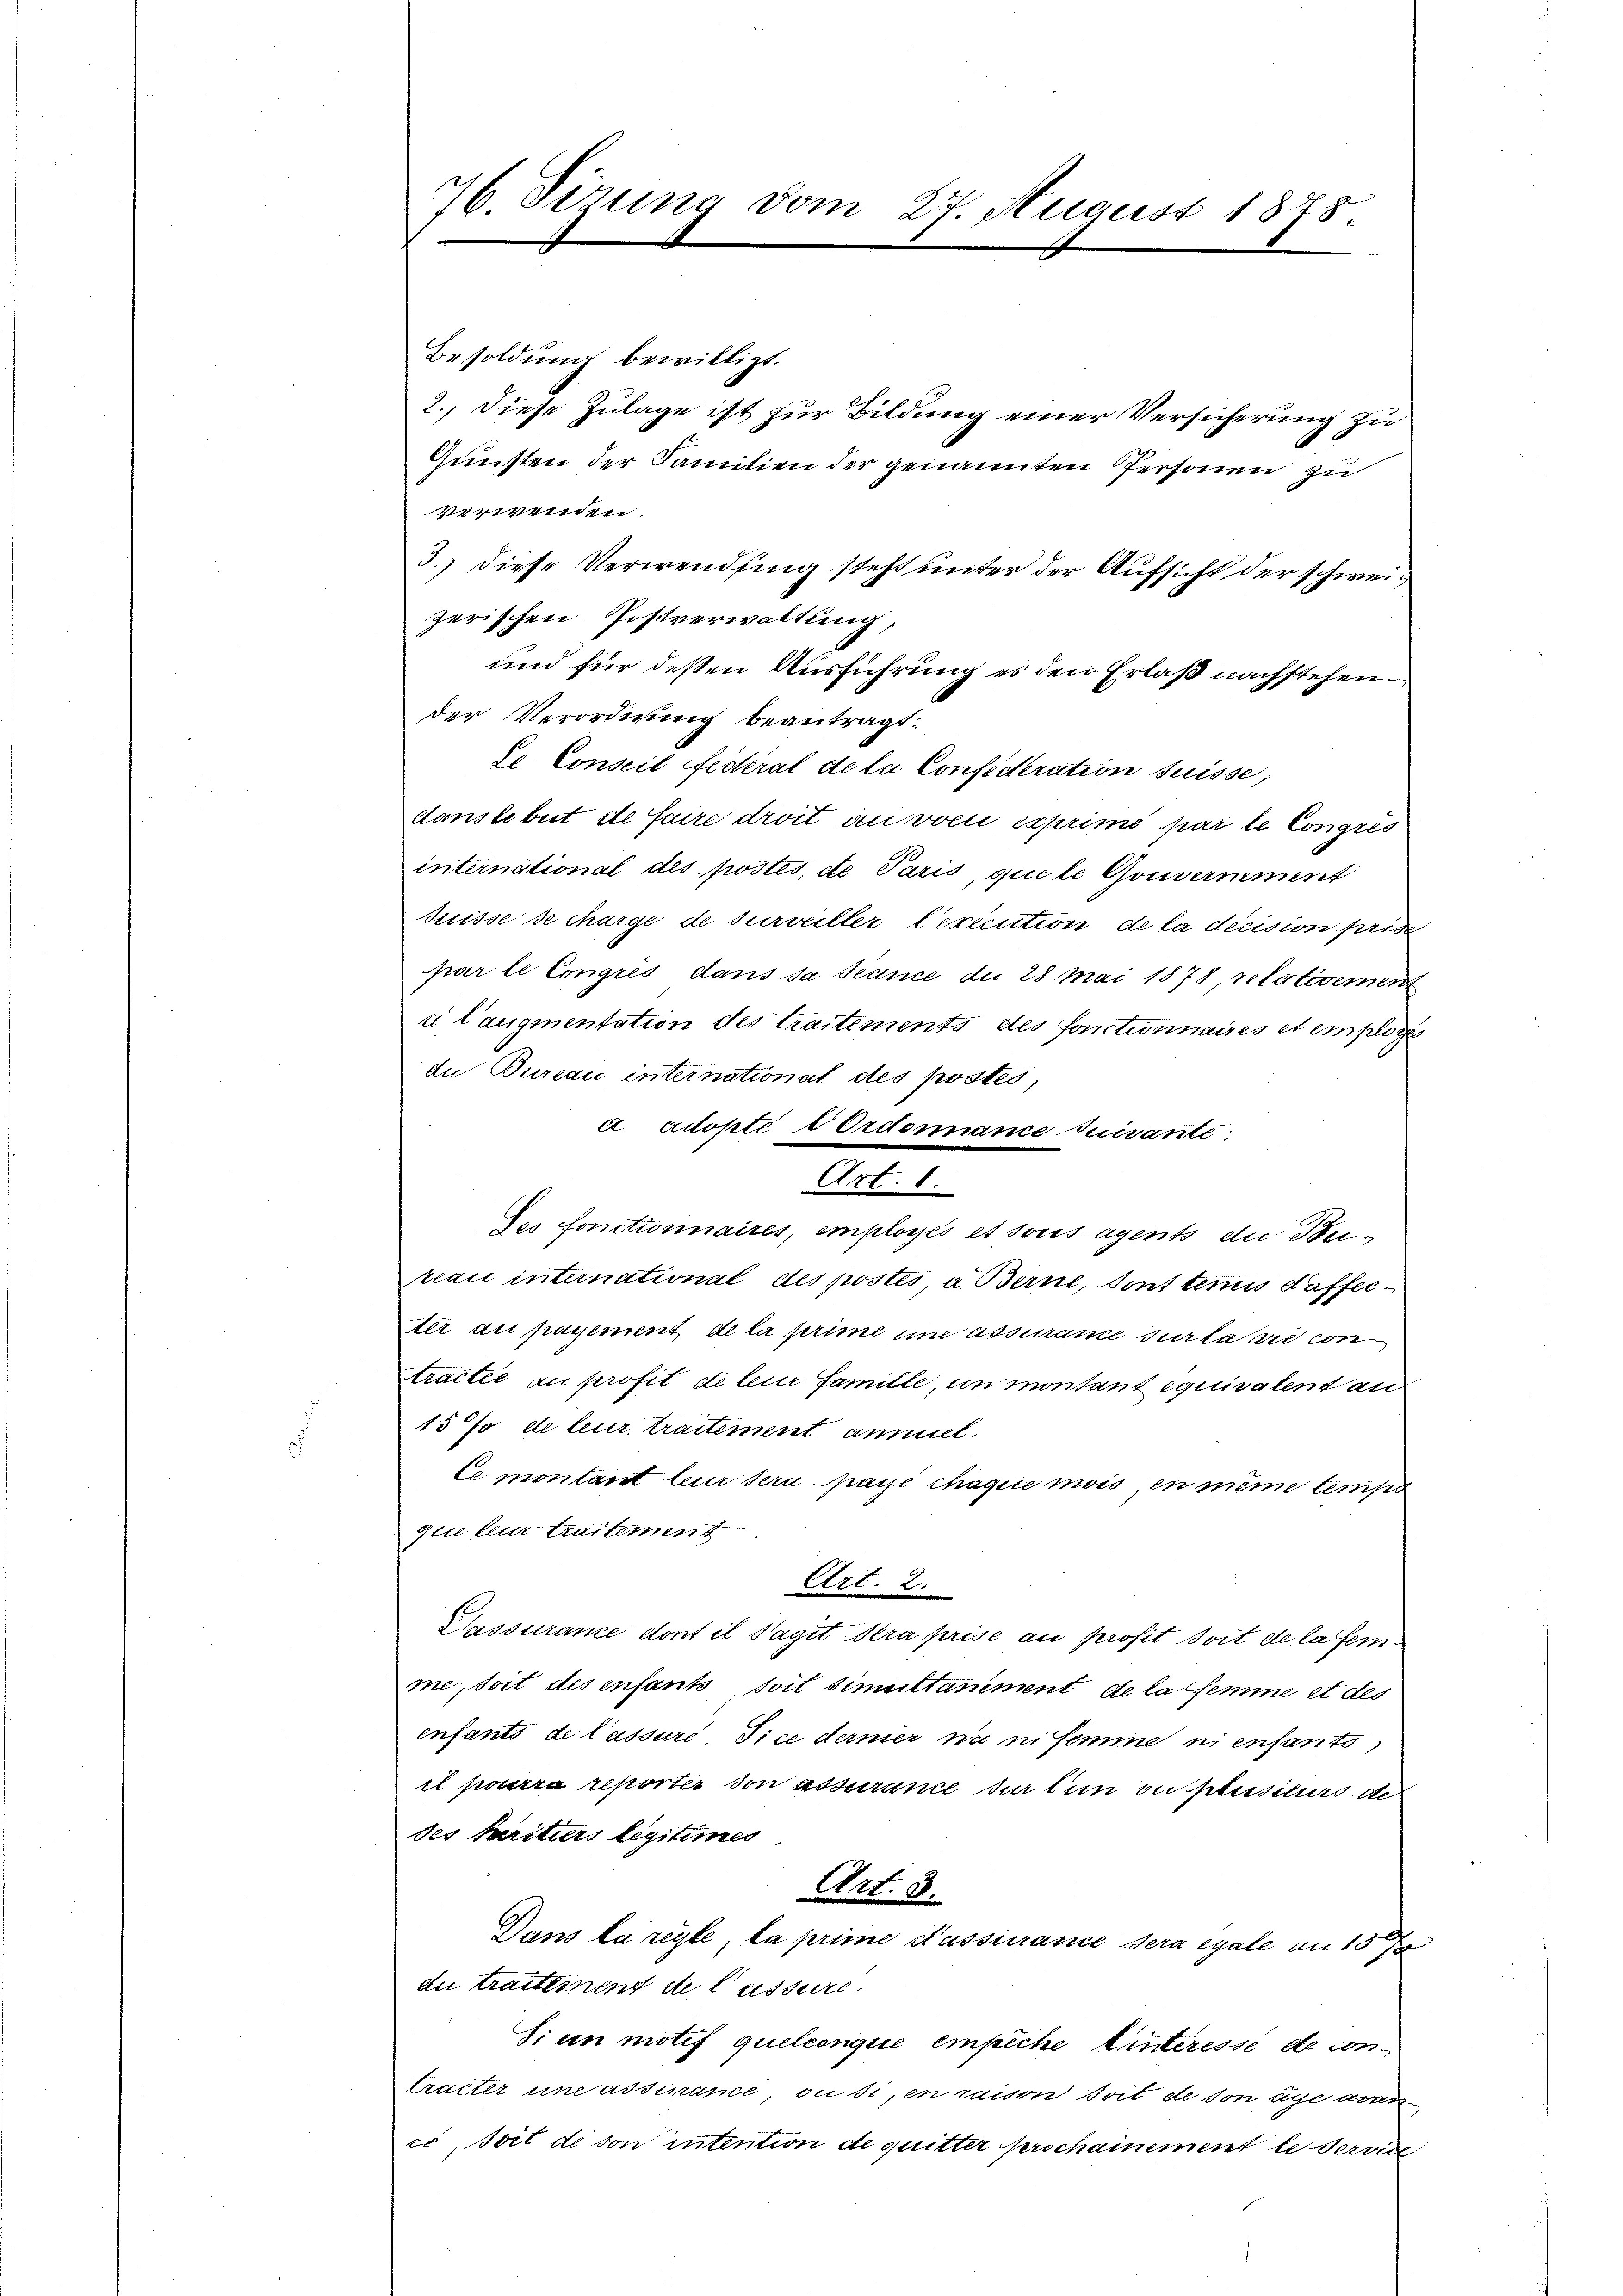
76. Sirung vom 27. August 1878.

Besoldung bewilligt.
2., diese Zulage ist zur Bildung einer Versicherung zu
Gunsten der Familien der genannten Personen zu
verwenden.
3.) diese Verwendung steht unter der Aufsicht der schweizerischen Postverwaltung,
und für deßen Ausführung es den Erlaß nachstehen
der Verordnung beantragt:
de Conseil festeral de la Confederation suisse,
danslebet de faire droit in von exprimé par le Congres
international des postes, de Paris, quete Gouvernement
Suisse de charge de surveiller lexecution de la decision prise
par le Congrés dans sa stance du 28 Mai 1878 relativement
ui l’augmentation des traitements des fonctionnaires et employe
die Bureau international des postés,
a adopté l Ordonnance Quisante
Art. 8.
des fonctionnaires, employés et sousagents die Bereau international des postes, a. Berne, sont tunis daffeeter du payement de la prime une assurame sur la sie von
tractée au profit de leur Famille, un montantequivalent an
15 % de leur traitement annuel.
Ce montant leur sein paye chaque mois en meine temps
gli leur Austement
Art. 2.
Klassurance dont il Tagit dera prise an profit soit de la fem
me, soit des enfants soit simultamment de la femme et des
enfants de lassuré dice dermer ni nisimme ni enfants,
il pourra reporter von assurance sur tun ou plusieurs de
des Kiriturs legitimes
Art. 3.
Dans la reyte, la prime d’assurance sera egale am 157
au traiternen de lassure
Si un motif quelconque empiche Winteresse de con¬
Craiter une assivame, ou si en raison soit de son uge arm
ce, soit de son intention de quitter prochainement le servin